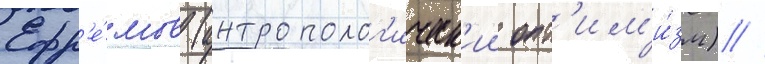
Ефр'е́мов (антрополог'ическ'ии опт'им'и́зм) //